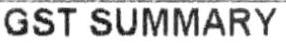
GST SUMMARY